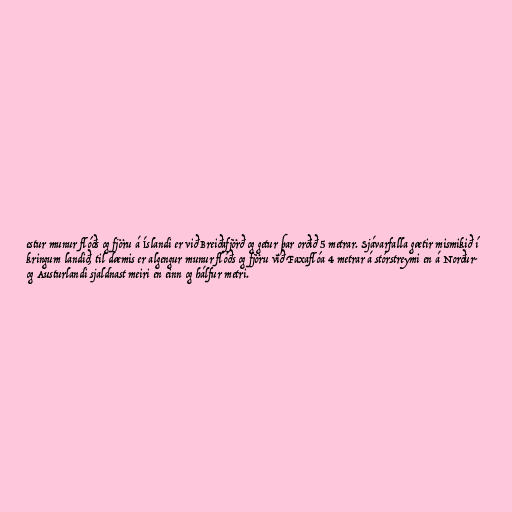
estur munur flóðs og fjöru á Íslandi er við Breiðafjörð og getur þar orðið 5 metrar. Sjávarfalla gætir mismikið í
kringum landið, til dæmis er algengur munur flóðs og fjöru við Faxaflóa 4 metrar á stórstreymi en á Norður-
og Austurlandi sjaldnast meiri en einn og hálfur metri.